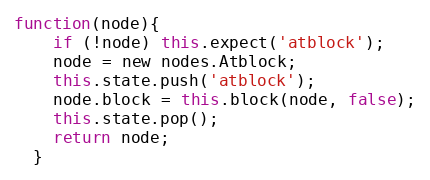
Language: JavaScript
function(node){
    if (!node) this.expect('atblock');
    node = new nodes.Atblock;
    this.state.push('atblock');
    node.block = this.block(node, false);
    this.state.pop();
    return node;
  }